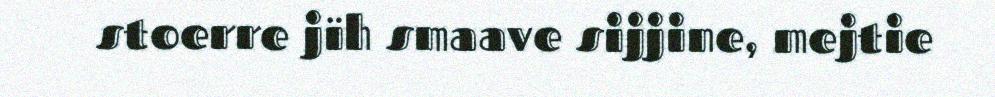
stoerre jïh smaave sijjine, mejtie